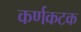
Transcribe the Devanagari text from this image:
कर्णकटक